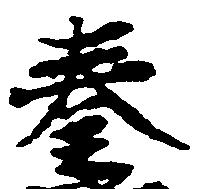
奏